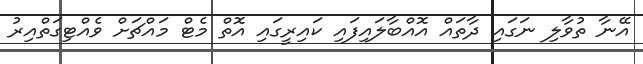
އޭނާ ތުވާލި ނަގައި ދާތައް އޮއްބާލައިފައި ކައިރީގައި އޮތް މެޓް މައްޗަށް ވެއްޓިގަތްއިރު